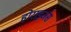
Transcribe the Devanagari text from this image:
होराइजंस